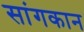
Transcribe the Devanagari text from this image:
सांगकान